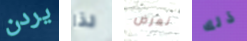
يردن لذا نعرض ذلك